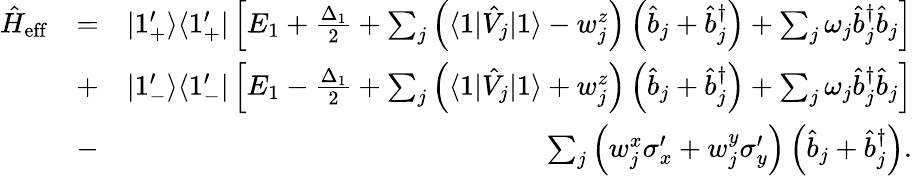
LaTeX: \begin{array}{rlr}{\hat{H}_{\mathrm{eff}}}&{=}&{|1_{+}^{\prime}\rangle\langle 1_{+}^{\prime}|\left[E_{1}+\frac{\Delta_{1}}{2}+\sum_{j}\left(\langle 1|\hat{V}_{j}|1\rangle-w_{j}^{z}\right)\left(\hat{b}_{j}+\hat{b}_{j}^{\dagger}\right)+\sum_{j}\omega_{j}\hat{b}_{j}^{\dagger}\hat{b}_{j}\right]}\\ &{+}&{|1_{-}^{\prime}\rangle\langle 1_{-}^{\prime}|\left[E_{1}-\frac{\Delta_{1}}{2}+\sum_{j}\left(\langle 1|\hat{V}_{j}|1\rangle+w_{j}^{z}\right)\left(\hat{b}_{j}+\hat{b}_{j}^{\dagger}\right)+\sum_{j}\omega_{j}\hat{b}_{j}^{\dagger}\hat{b}_{j}\right]}\\ &{-}&{\sum_{j}\left(w_{j}^{x}\sigma_{x}^{\prime}+w_{j}^{y}\sigma_{y}^{\prime}\right)\left(\hat{b}_{j}+\hat{b}_{j}^{\dagger}\right).}\end{array}